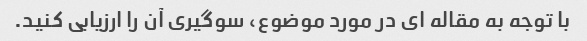
با توجه به مقاله ای در مورد موضوع، سوگیری آن را ارزیابی کنید.